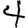
Digit: 4